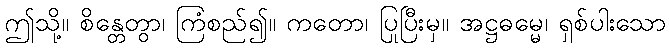
ဤသို့။ စိန္တေတွာ၊ ကြံစည်၍။ ကတော၊ ပြုပြီးမှ။ အဋ္ဌဓမ္မေ၊ ရှစ်ပါးသော